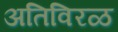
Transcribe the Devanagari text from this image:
अतिविरळ